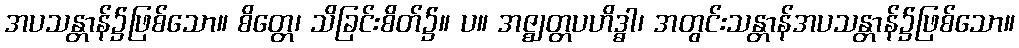
အပသန္တာန်၌ဖြစ်သော။ စိတ္တေ၊ သိခြင်းစိတ်၌။ ပ။ အဇ္ဈတ္တပဟိဒ္ဓါ၊ အတွင်းသန္တာန်အပသန္တာန်၌ဖြစ်သော။